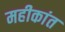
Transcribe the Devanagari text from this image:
महीकांत